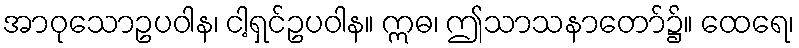
အာဝုသောဥပဝါန၊ ငါ့ရှင်ဥပဝါန။ ဣဓ၊ ဤသာသနာတော်၌။ ထေရေ၊